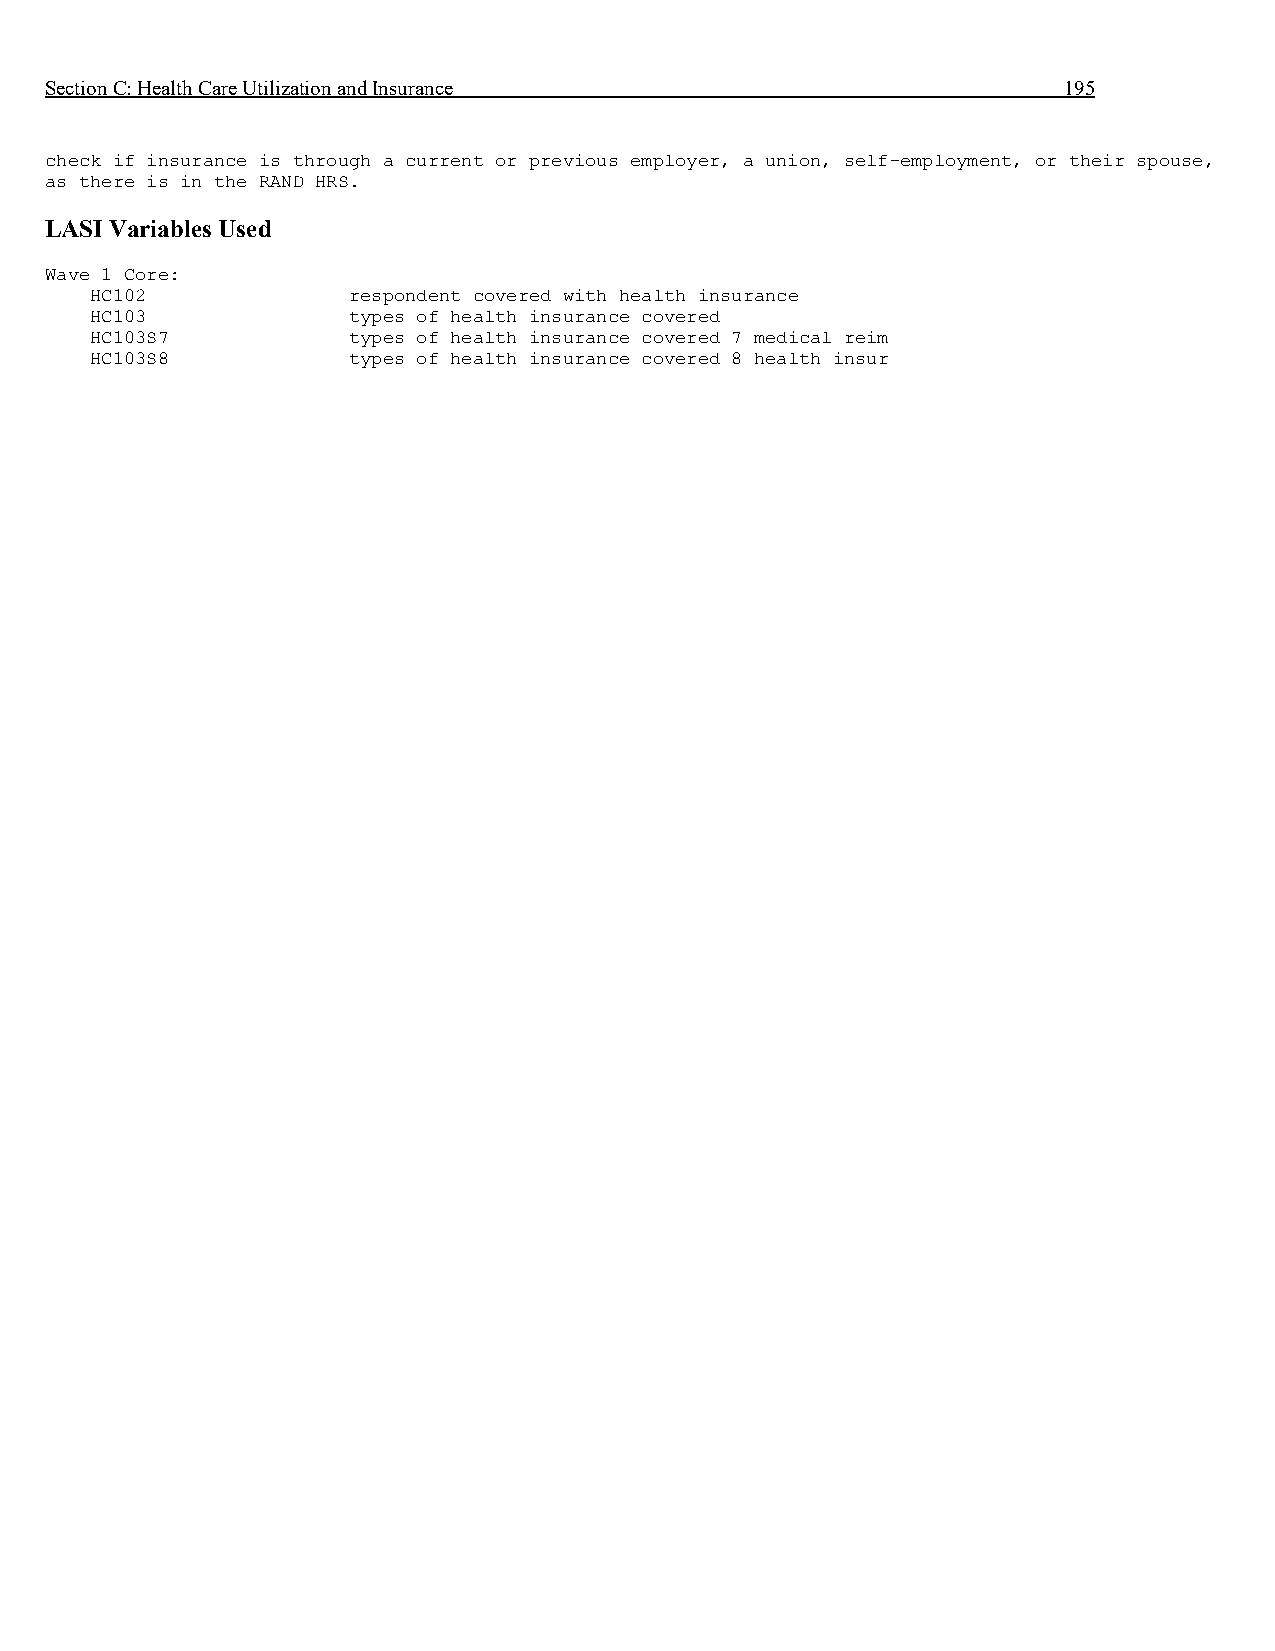
Section C: Health Care Utilization and Insurance                   195
 check if insurance is through a current or previous employer, a union, self-employment, or their spouse,
 as there is in the RAND HRS.
 LASI Variables Used
 Wave 1 Core:
 HC102            respondent covered with health insurance
 HC103            types of health insurance covered
 HC103S7          types of health insurance covered 7 medical reim
 HC103S8          types of health insurance covered 8 health insur